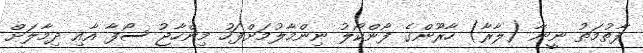
ފާތުމަތު ނީނާ (ލާރާ) ހާރޫންގެ ފޯންކޯލު ނިންމާލުމަށްފަހު މިންހާޖު ސޯފާ އާއި ދިމާލަށް